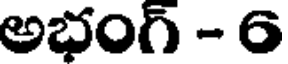
అభంగ్ - 6